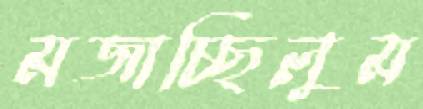
মজাচ্ছিলুম